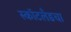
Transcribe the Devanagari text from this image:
स्कॉटलँडचा